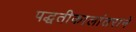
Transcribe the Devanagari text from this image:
पद्धतीकालांतराने